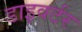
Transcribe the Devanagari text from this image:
डाइवर्टर